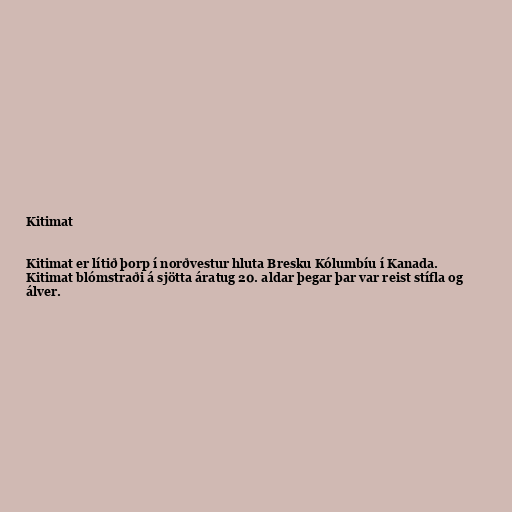
Kitimat

Kitimat er lítið þorp í norðvestur hluta Bresku Kólumbíu í Kanada.
Kitimat blómstraði á sjötta áratug 20. aldar þegar þar var reist stífla og
álver.